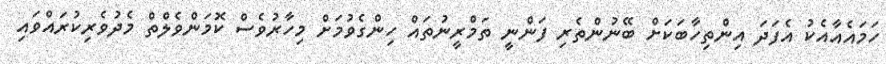
ހަމައެއާއެކު އެފަދަ އިންތިހާބަކަށް ބޭނުންތެރި ފަންނީ ތަމްރީނުތައް ހިންގެވުމަށް މިހާރުވެސް ކޮމަންވެލްތް މެދުވެރިކުރައްވައި